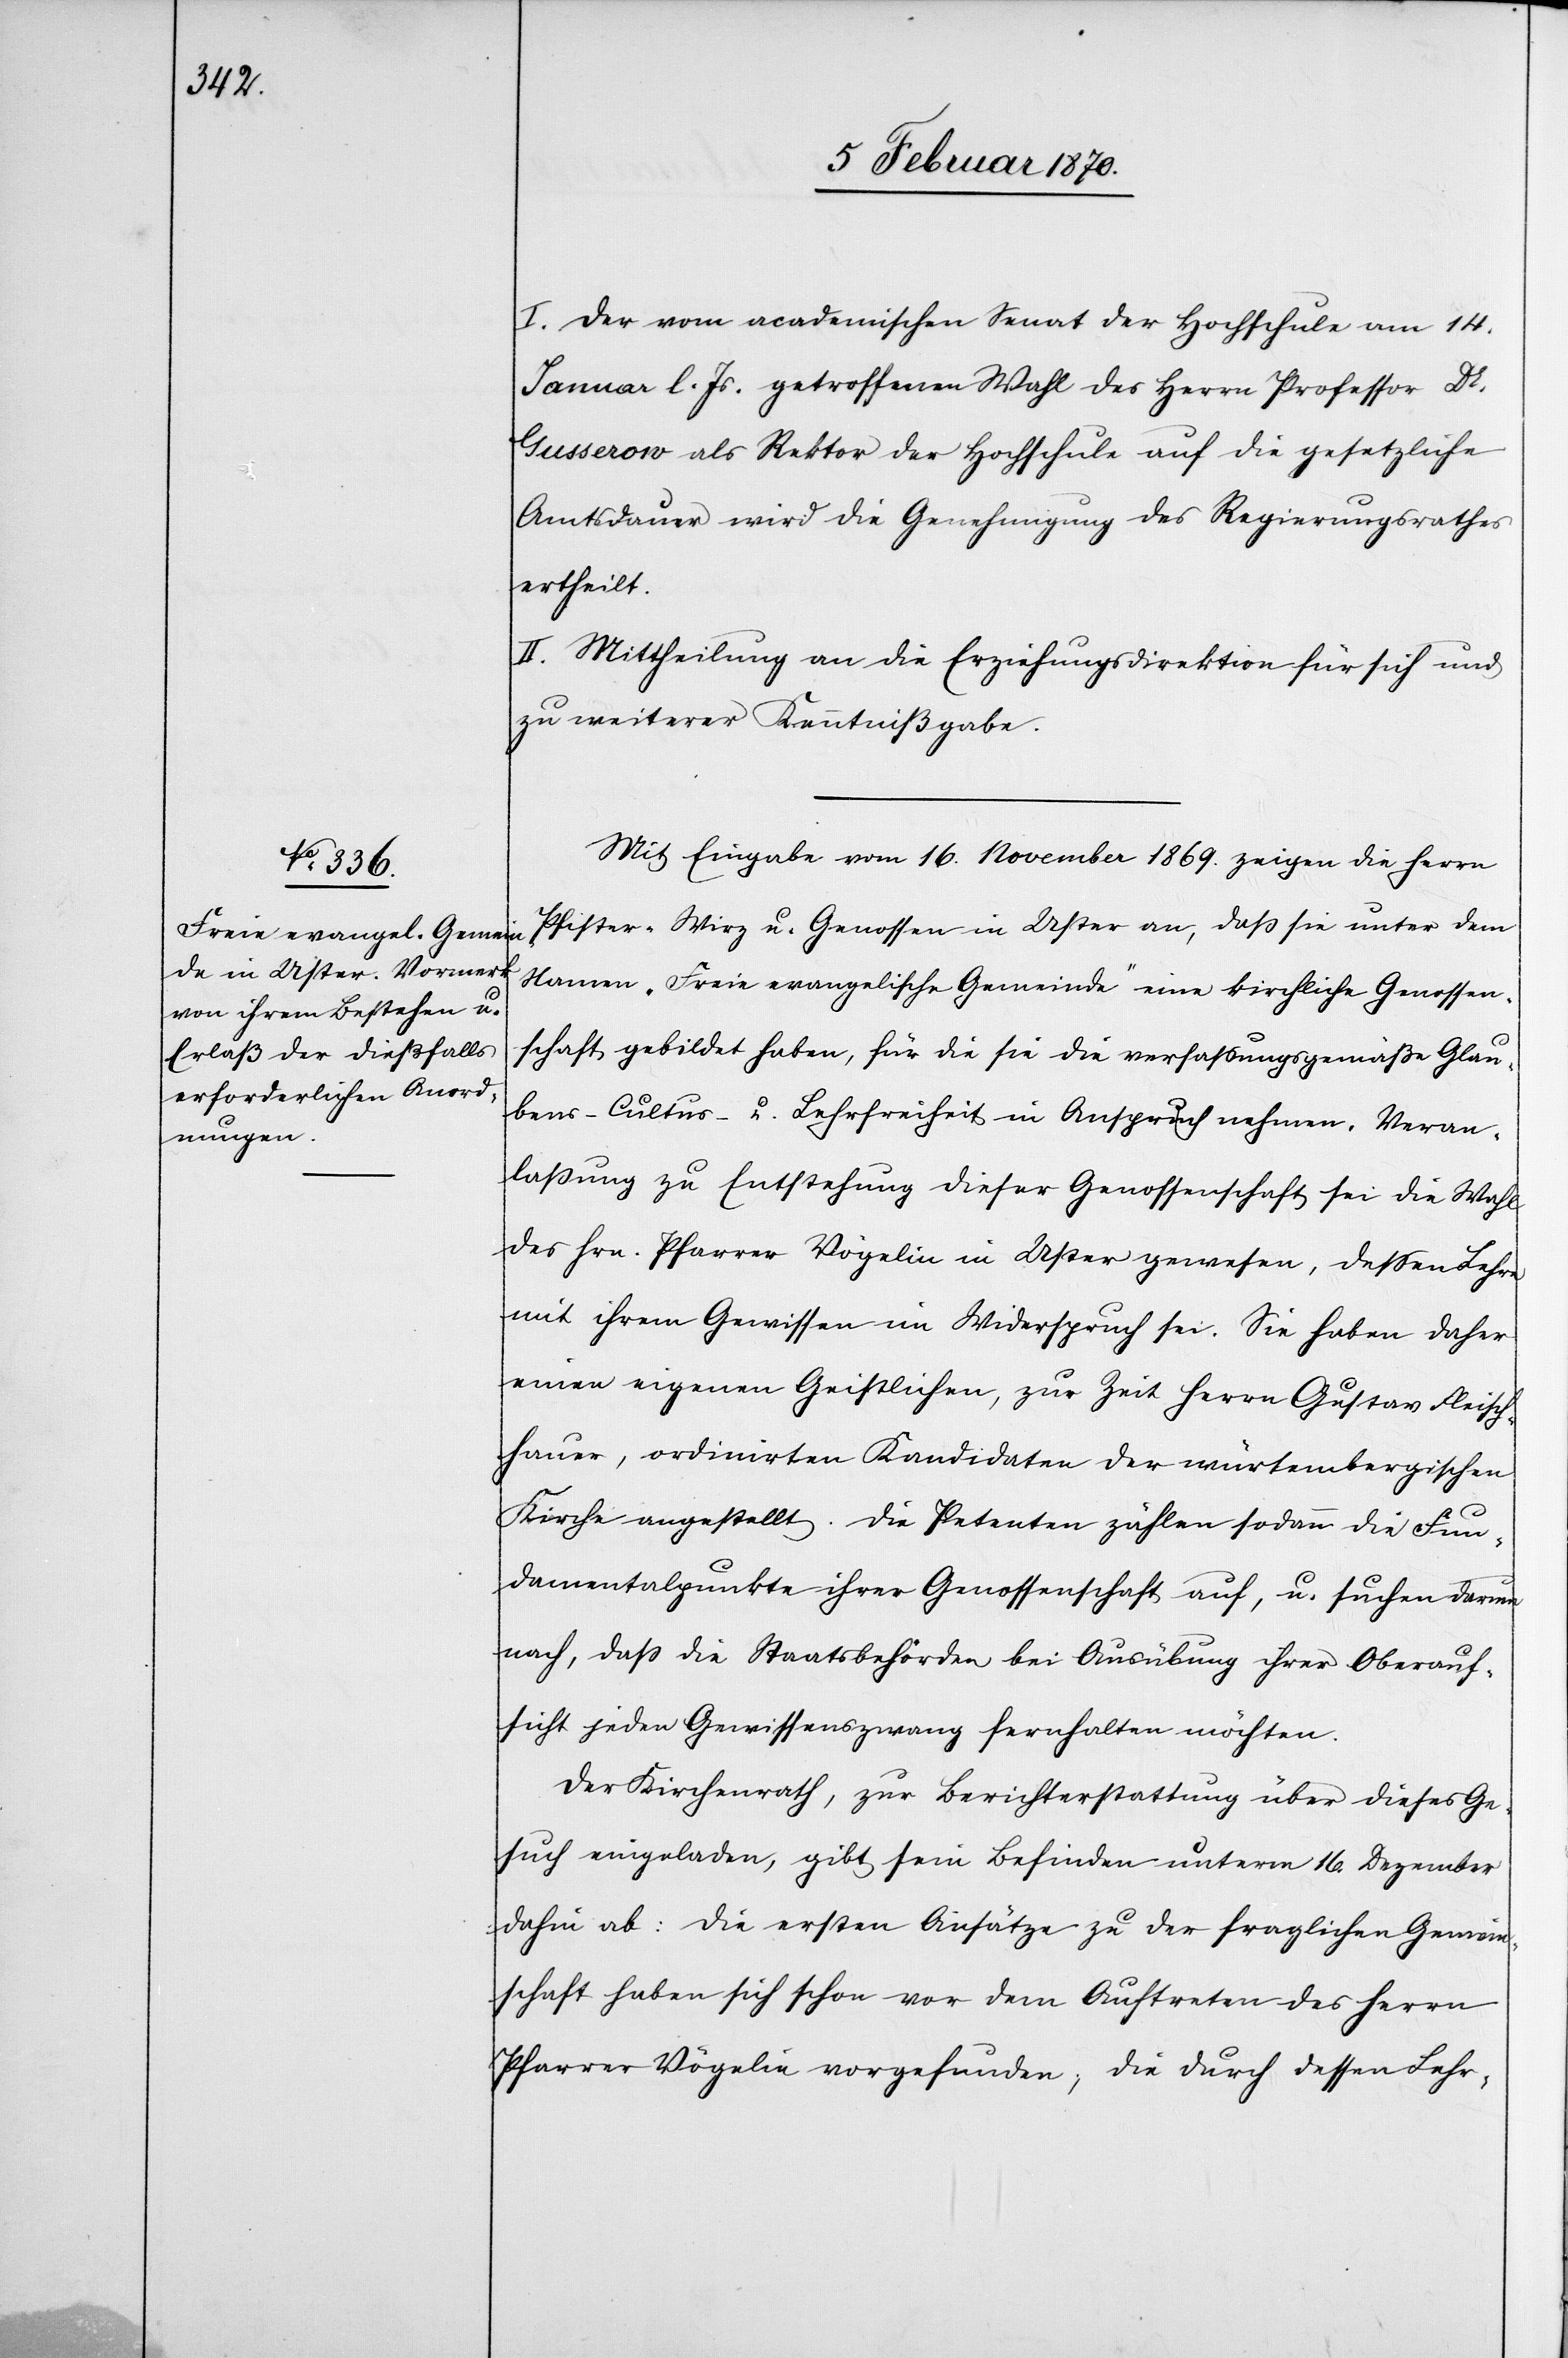
I. Der vom academischen Senat der Hochschule am 14.
Januar l. Js. getroffene Wahl des Herrn Professor Dr.
Gusserow als Rektor der Hochschule auf die gesetzliche
Amtsdauer wird die Genehmigung des Regierungsrathes
ertheilt.
II. Mittheilung an die Erziehungsdirektion für sich und
zu weiterer Kenntnißgabe.
Mit Eingabe vom 16. November 1869. zeigen die Herrn
Pfister-Wirz u. Genossen in Uster an, daß sie unter dem
Namen „Freie evangelische Gemeinde“ eine kirchliche Genossen¬
schaft gebildet haben, für die sie die verfassungsgemäße Glau¬
bens-[,] Cultus- u. Lehrfreiheit in Anspruch nehmen. Veran¬
laßung zu Entstehung dieser Genossenschaft sei die Wahl
des Hrn. Pfarrer Vögelin in Uster gewesen, dessen Lehre
mit ihrem Gewissen im Widerspruch sei. Sie haben daher
einen eigenen Geistlichen, zur Zeit Herrn Gustav Fleisch¬
hauer, ordinirten Kandidaten der würtembergischen
Kirche angestellt. Die Petenten zählen sodann die Fun¬
damentalpunkte ihrer Genossenschaft auf, u. suchen darum
nach, dass die Staatsbehörden bei Ausübung ihrer Oberauf¬
sicht jeden Gewissenszwang fernhalten möchten.
Der Kirchrath, zu Berichterstattung über dieses Ge¬
such eingeladen, gibt sein Befinden unterm 16. Dezember
dahin ab: Die ersten Ansätze zu der fraglichen Gemein¬
schaft haben sich schon vor dem Auftreten des Herrn
Pfarrer Vögelin vorgefunden, die durch dessen Lehr-